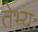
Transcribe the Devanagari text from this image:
तेभ्यः